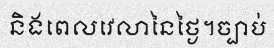
និងពេលវេលានៃថ្ងៃ។ច្បាប់